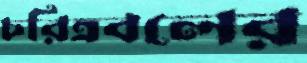
চরিত্রবলের